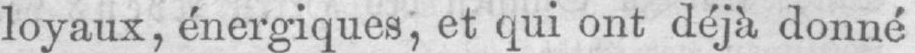
loyaux, énergiques, et qui ont déjà donné